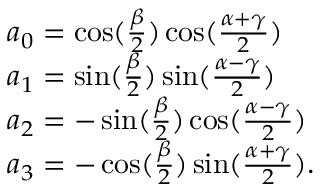
\begin{array} { l } { { a _ { 0 } = \cos ( { \frac { \beta } { 2 } } ) \cos ( { \frac { \alpha + \gamma } { 2 } } ) } } \\ { { a _ { 1 } = \sin ( { \frac { \beta } { 2 } } ) \sin ( { \frac { \alpha - \gamma } { 2 } } ) } } \\ { { a _ { 2 } = - \sin ( { \frac { \beta } { 2 } } ) \cos ( { \frac { \alpha - \gamma } { 2 } } ) } } \\ { { a _ { 3 } = - \cos ( { \frac { \beta } { 2 } } ) \sin ( { \frac { \alpha + \gamma } { 2 } } ) . } } \end{array}